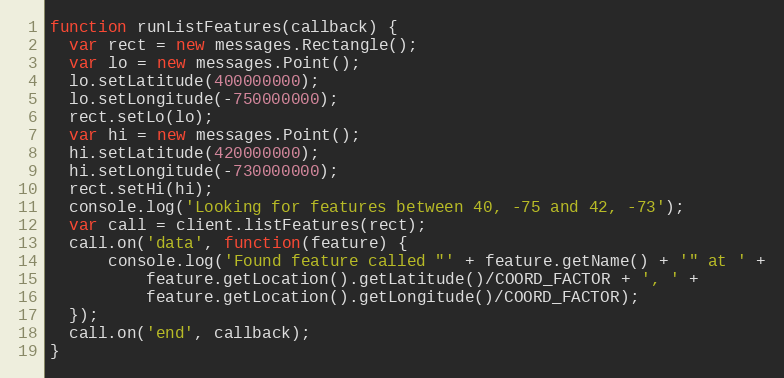
Language: JavaScript
function runListFeatures(callback) {
  var rect = new messages.Rectangle();
  var lo = new messages.Point();
  lo.setLatitude(400000000);
  lo.setLongitude(-750000000);
  rect.setLo(lo);
  var hi = new messages.Point();
  hi.setLatitude(420000000);
  hi.setLongitude(-730000000);
  rect.setHi(hi);
  console.log('Looking for features between 40, -75 and 42, -73');
  var call = client.listFeatures(rect);
  call.on('data', function(feature) {
      console.log('Found feature called "' + feature.getName() + '" at ' +
          feature.getLocation().getLatitude()/COORD_FACTOR + ', ' +
          feature.getLocation().getLongitude()/COORD_FACTOR);
  });
  call.on('end', callback);
}